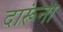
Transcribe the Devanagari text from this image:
दारूंना